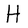
Character: H